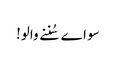
سو اے سُننے والو!